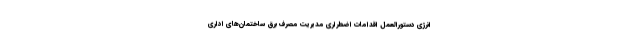
انرژی دستورالعمل اقدامات اضطراری مدیریت مصرف برق ساختمان‌های اداری